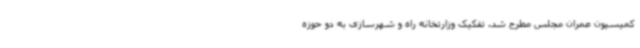
کمیسیون عمران مجلس مطرح شد. تفکیک وزارتخانه راه و شهرسازی به دو حوزه